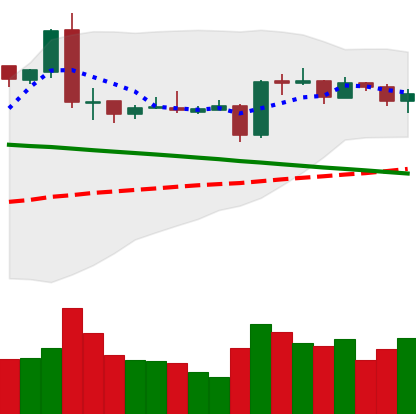
Ticker: EOS-USD
Chart end date: 2019-03-12
Forward return: 3.086%
Label: up_3_5